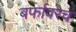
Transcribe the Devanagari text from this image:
बर्फावरच